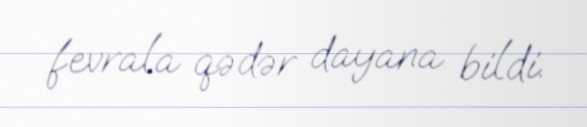
fevrala qədər dayana bildi.